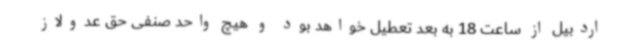
اردبیل از ساعت 18 به بعد تعطیل خواهد بود و هیچ واحد صنفی حق عدولاز